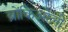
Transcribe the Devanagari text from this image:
ब्रोंकिओली